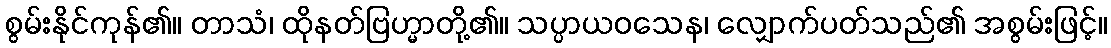
စွမ်းနိုင်ကုန်၏။ တာသံ၊ ထိုနတ်ဗြဟ္မာတို့၏။ သပ္ပာယဝသေန၊ လျှောက်ပတ်သည်၏ အစွမ်းဖြင့်။